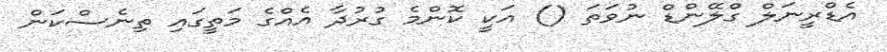
އެޑްރީނަލް ގްލޭންޑް ނުވަތަ () އަކީ ކޮންމެ ގުރުދާ އެއްގެ މަތީގައި ތިނެސްކަން